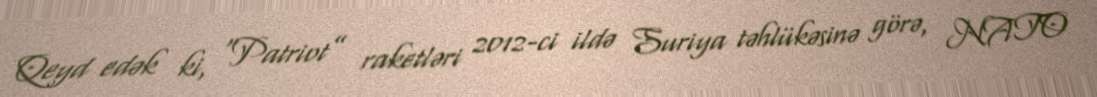
Qeyd edək ki, “Patriot” raketləri 2012-ci ildə Suriya təhlükəsinə görə, NATO